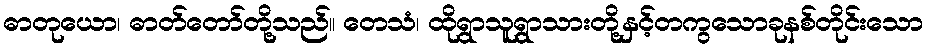
ဓာတုယော၊ ဓာတ်တော်တို့သည်။ တေသံ၊ ထိုရွာသူရွာသားတို့နှင့်တကွသောခုနစ်တိုင်းသော